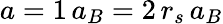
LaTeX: a=1\, a_{B}=2\, r_{s}\, a_{B}